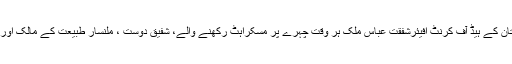
پاکستان ٹیلی ویژن ملتان کے ہیڈ آف کرنٹ افیئرشفقت عباس ملک ہر وقت چہرے پر مسکراہٹ رکھنے والے، شفیق دوست ، ملنسار طبیعت کے مالک اور زندہ دل صحافی ہیں۔